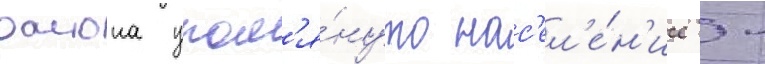
раиона упом'я́нуто нас'ел'е́н'ие -